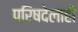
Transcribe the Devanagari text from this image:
परिषदेलाही